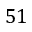
5 1